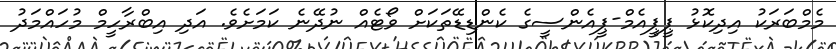
މެމްބަރަކު އިދިކޮޅު ޕީޕީއެމް-ޕީއެންސީގެ ކެންޑިޑޭތަކަށް ވޯޓެއް ނުދޭނެ ކަމަށެވެ. އަދި އިބްރާހީމް މުހައްމަދު